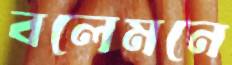
বলেমনে